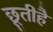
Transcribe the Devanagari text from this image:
छूतीहै